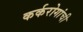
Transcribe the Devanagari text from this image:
कर्करोगांची